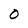
Character: O